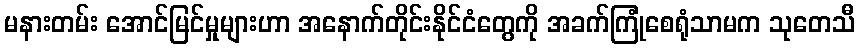
မနားတမ်း အောင်မြင်မှုများဟာ အနောက်တိုင်းနိုင်ငံတွေကို အခက်ကြုံစေရုံသာမက သုတေသီ